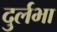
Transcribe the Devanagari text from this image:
दुर्लभा